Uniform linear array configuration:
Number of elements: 4
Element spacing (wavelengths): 1
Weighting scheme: uniform
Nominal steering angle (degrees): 0
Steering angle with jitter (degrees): -0.06587
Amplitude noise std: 0.05
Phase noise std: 0.05

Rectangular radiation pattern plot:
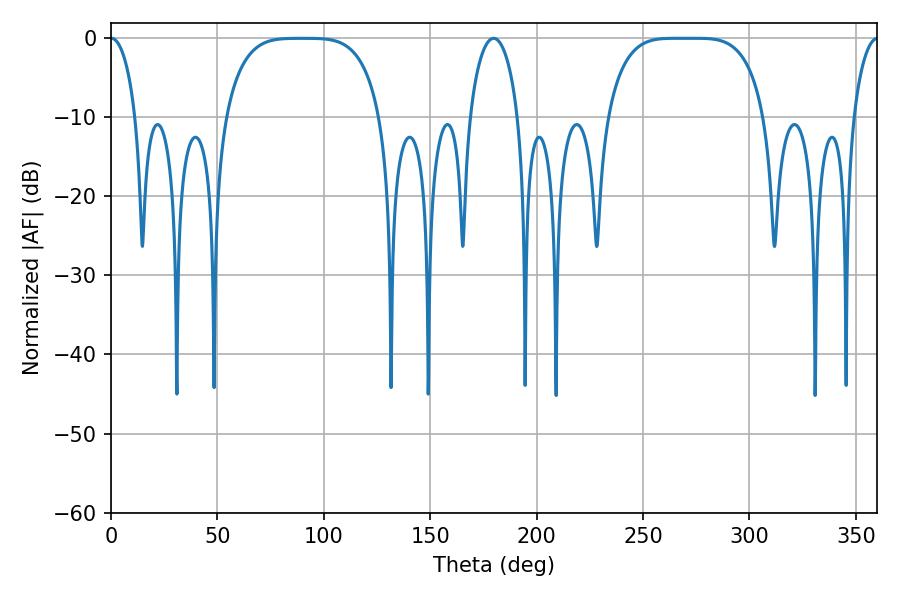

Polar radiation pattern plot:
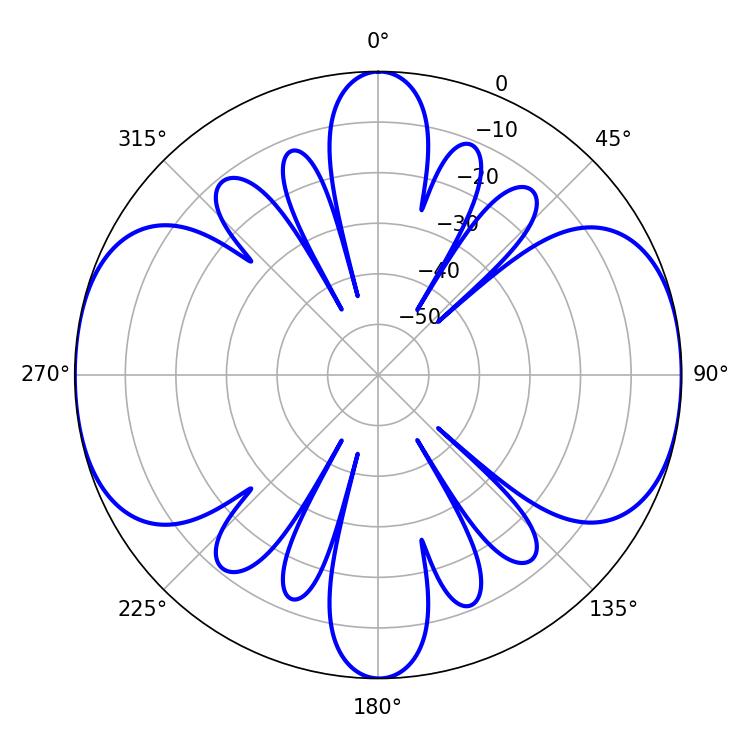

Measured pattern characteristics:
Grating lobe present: TRUE
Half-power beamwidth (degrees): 56.16
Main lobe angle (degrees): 265.14